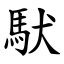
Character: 䭾